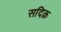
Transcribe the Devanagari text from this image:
सदिक़